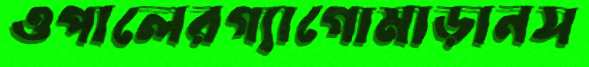
ওপালেরগ্যাগোমাড়ানস